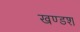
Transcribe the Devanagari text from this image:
खण्डश